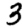
Digit: 3